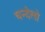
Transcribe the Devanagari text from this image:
चन्देलो